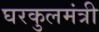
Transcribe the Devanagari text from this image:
घरकुलमंत्री